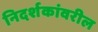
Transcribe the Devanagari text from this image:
निदर्शकांवरील